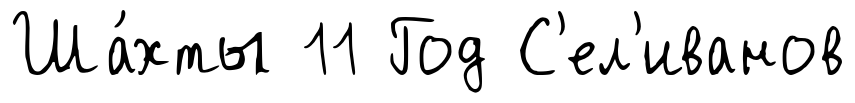
Ша́хты 11 Год С'ел'иванов